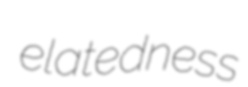
elatedness